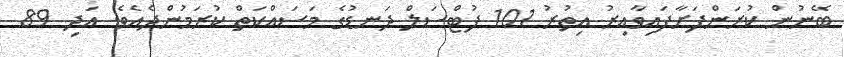
ބޭނުން ކުރަންފަށާފައިވާއިރު އިތުރު 101 ފުޓްސަލް ދަނޑުގެ މަސައްކަތް ކުރަމުންދެއެވެ. އަދި 89